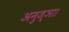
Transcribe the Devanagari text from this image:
अनुज्ञा।